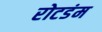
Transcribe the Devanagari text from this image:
रोटडंम